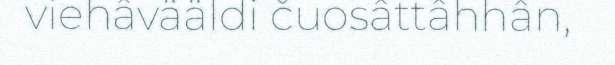
viehâvääldi čuosâttâhhân,